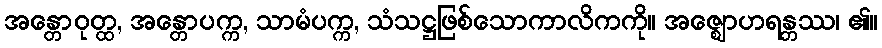
အန္တောဝုတ္ထ, အန္တောပက္က, သာမံပက္က, သံသဋ္ဌဖြစ်သောကာလိကကို။ အဇ္ဈောဟရန္တဿ၊ ၏။